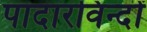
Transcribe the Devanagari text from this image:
पादारविन्दों